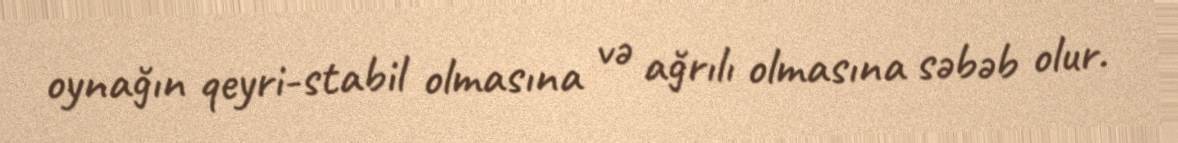
oynağın qeyri-stabil olmasına və ağrılı olmasına səbəb olur.